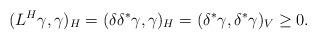
LaTeX: \begin{align*}(L^H\gamma,\gamma)_H=(\delta\delta^* \gamma,\gamma)_H=(\delta^* \gamma,\delta^*\gamma)_V\geq 0.\end{align*}